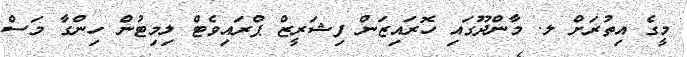
މީގެ އިތުރަށް ލ. މާންދޫގައި ހޮރައިޒަން ފިޝަރީޒް ޕްރައިވެޓް ލިމިޓުން ހިންގާ މަސް